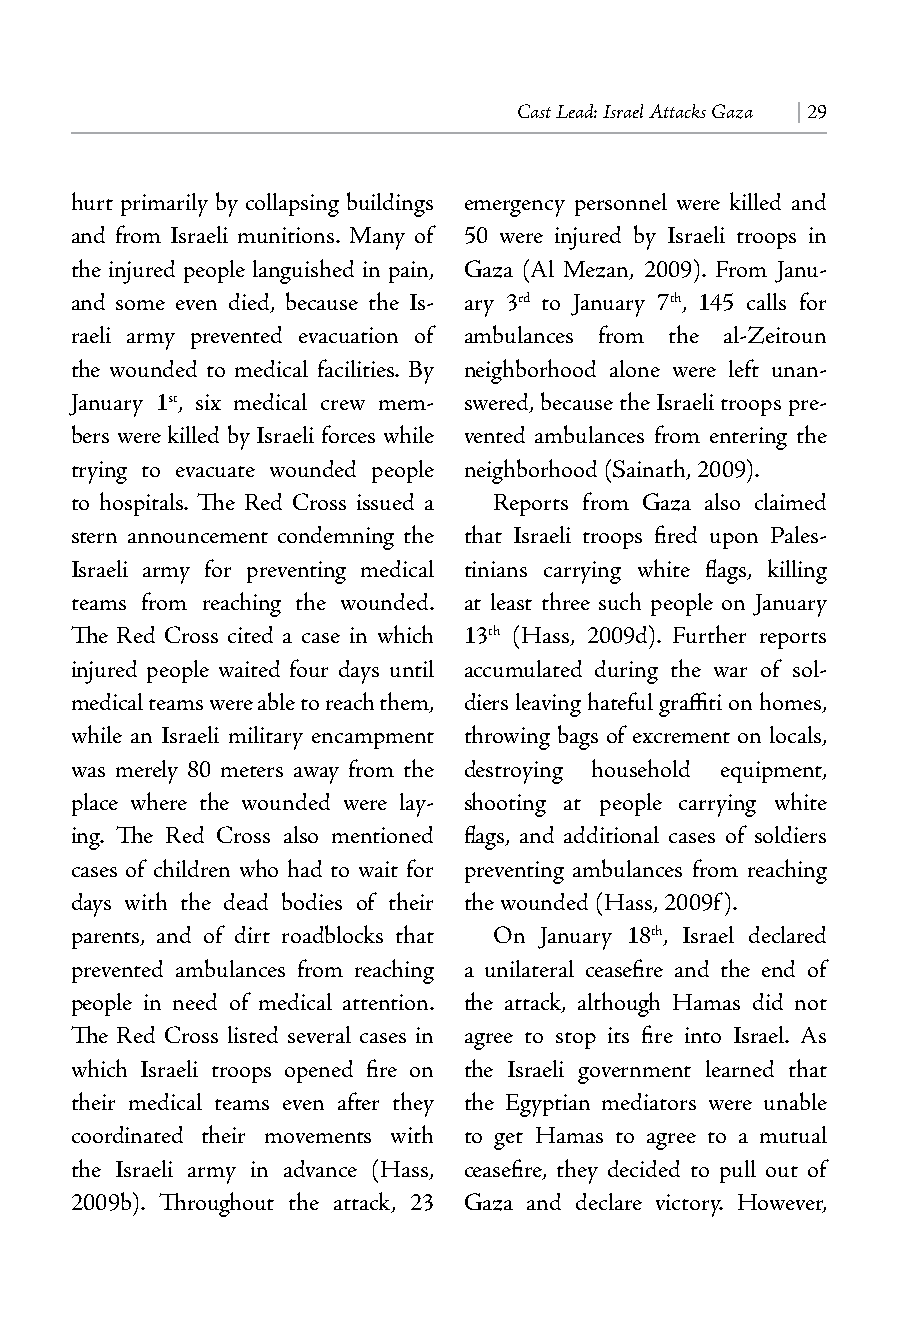
Cast Lead: Israel Attacks Gaza | 29
 hurt primarily by collapsing buildings emergency personnel were killed and
 and from Israeli munitions. Many of 50 were injured by Israeli troops in
 the injured people languished in pain, Gaza (Al Mezan, 2009). From Janu-
 and some even died, because the Is- ary 3rd to January 7th, 145 calls for
 raeli army prevented evacuation of ambulances from the al-Zeitoun
 the wounded to medical facilities. By neighborhood alone were left unan-
 January 1st, six medical crew mem- swered, because the Israeli troops pre-
 bers were killed by Israeli forces while vented ambulances from entering the
 trying to evacuate wounded people neighborhood (Sainath, 2009).
 to hospitals. The Red Cross issued a Reports from Gaza also claimed
 stern announcement condemning the that Israeli troops fired upon Pales-
 Israeli army for preventing medical tinians carrying white flags, killing
 teams from reaching the wounded. at least three such people on January
 The Red Cross cited a case in which 13th (Hass, 2009d). Further reports
 injured people waited four days until accumulated during the war of sol-
 medical teams were able to reach them, diers leaving hateful graffiti on homes,
 while an Israeli military encampment throwing bags of excrement on locals,
 was merely 80 meters away from the destroying household equipment,
 place where the wounded were lay- shooting at people carrying white
 ing. The Red Cross also mentioned flags, and additional cases of soldiers
 cases of children who had to wait for preventing ambulances from reaching
 days with the dead bodies of their the wounded (Hass, 2009f).
 parents, and of dirt roadblocks that On January 18th, Israel declared
 prevented ambulances from reaching a unilateral ceasefire and the end of
 people in need of medical attention. the attack, although Hamas did not
 The Red Cross listed several cases in agree to stop its fire into Israel. As
 which Israeli troops opened fire on the Israeli government learned that
 their medical teams even after they the Egyptian mediators were unable
 coordinated their movements with to get Hamas to agree to a mutual
 the Israeli army in advance (Hass, ceasefire, they decided to pull out of
 2009b). Throughout the attack, 23 Gaza and declare victory. However,